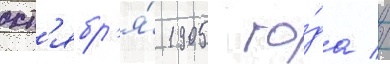
окт'ябр'я́ 1905 го́да //